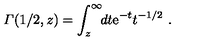
{ \mit \Gamma } ( 1 / 2 , z ) = \int _ { z } ^ { \infty } \! \! d t { \mathrm e } ^ { - t } t ^ { - 1 / 2 } \ .